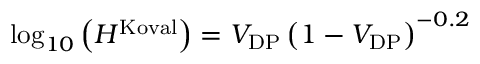
\log _ { 1 0 } \left( H ^ { \mathrm { K o v a l } } \right) = V _ { \mathrm { D P } } \left( 1 - V _ { \mathrm { D P } } \right) ^ { - 0 . 2 }